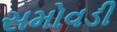
સમોવડી